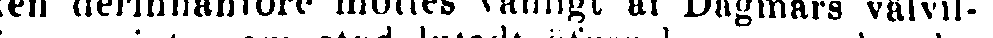
ken derinnanföre möttes vänligt af Dagmars välvil-